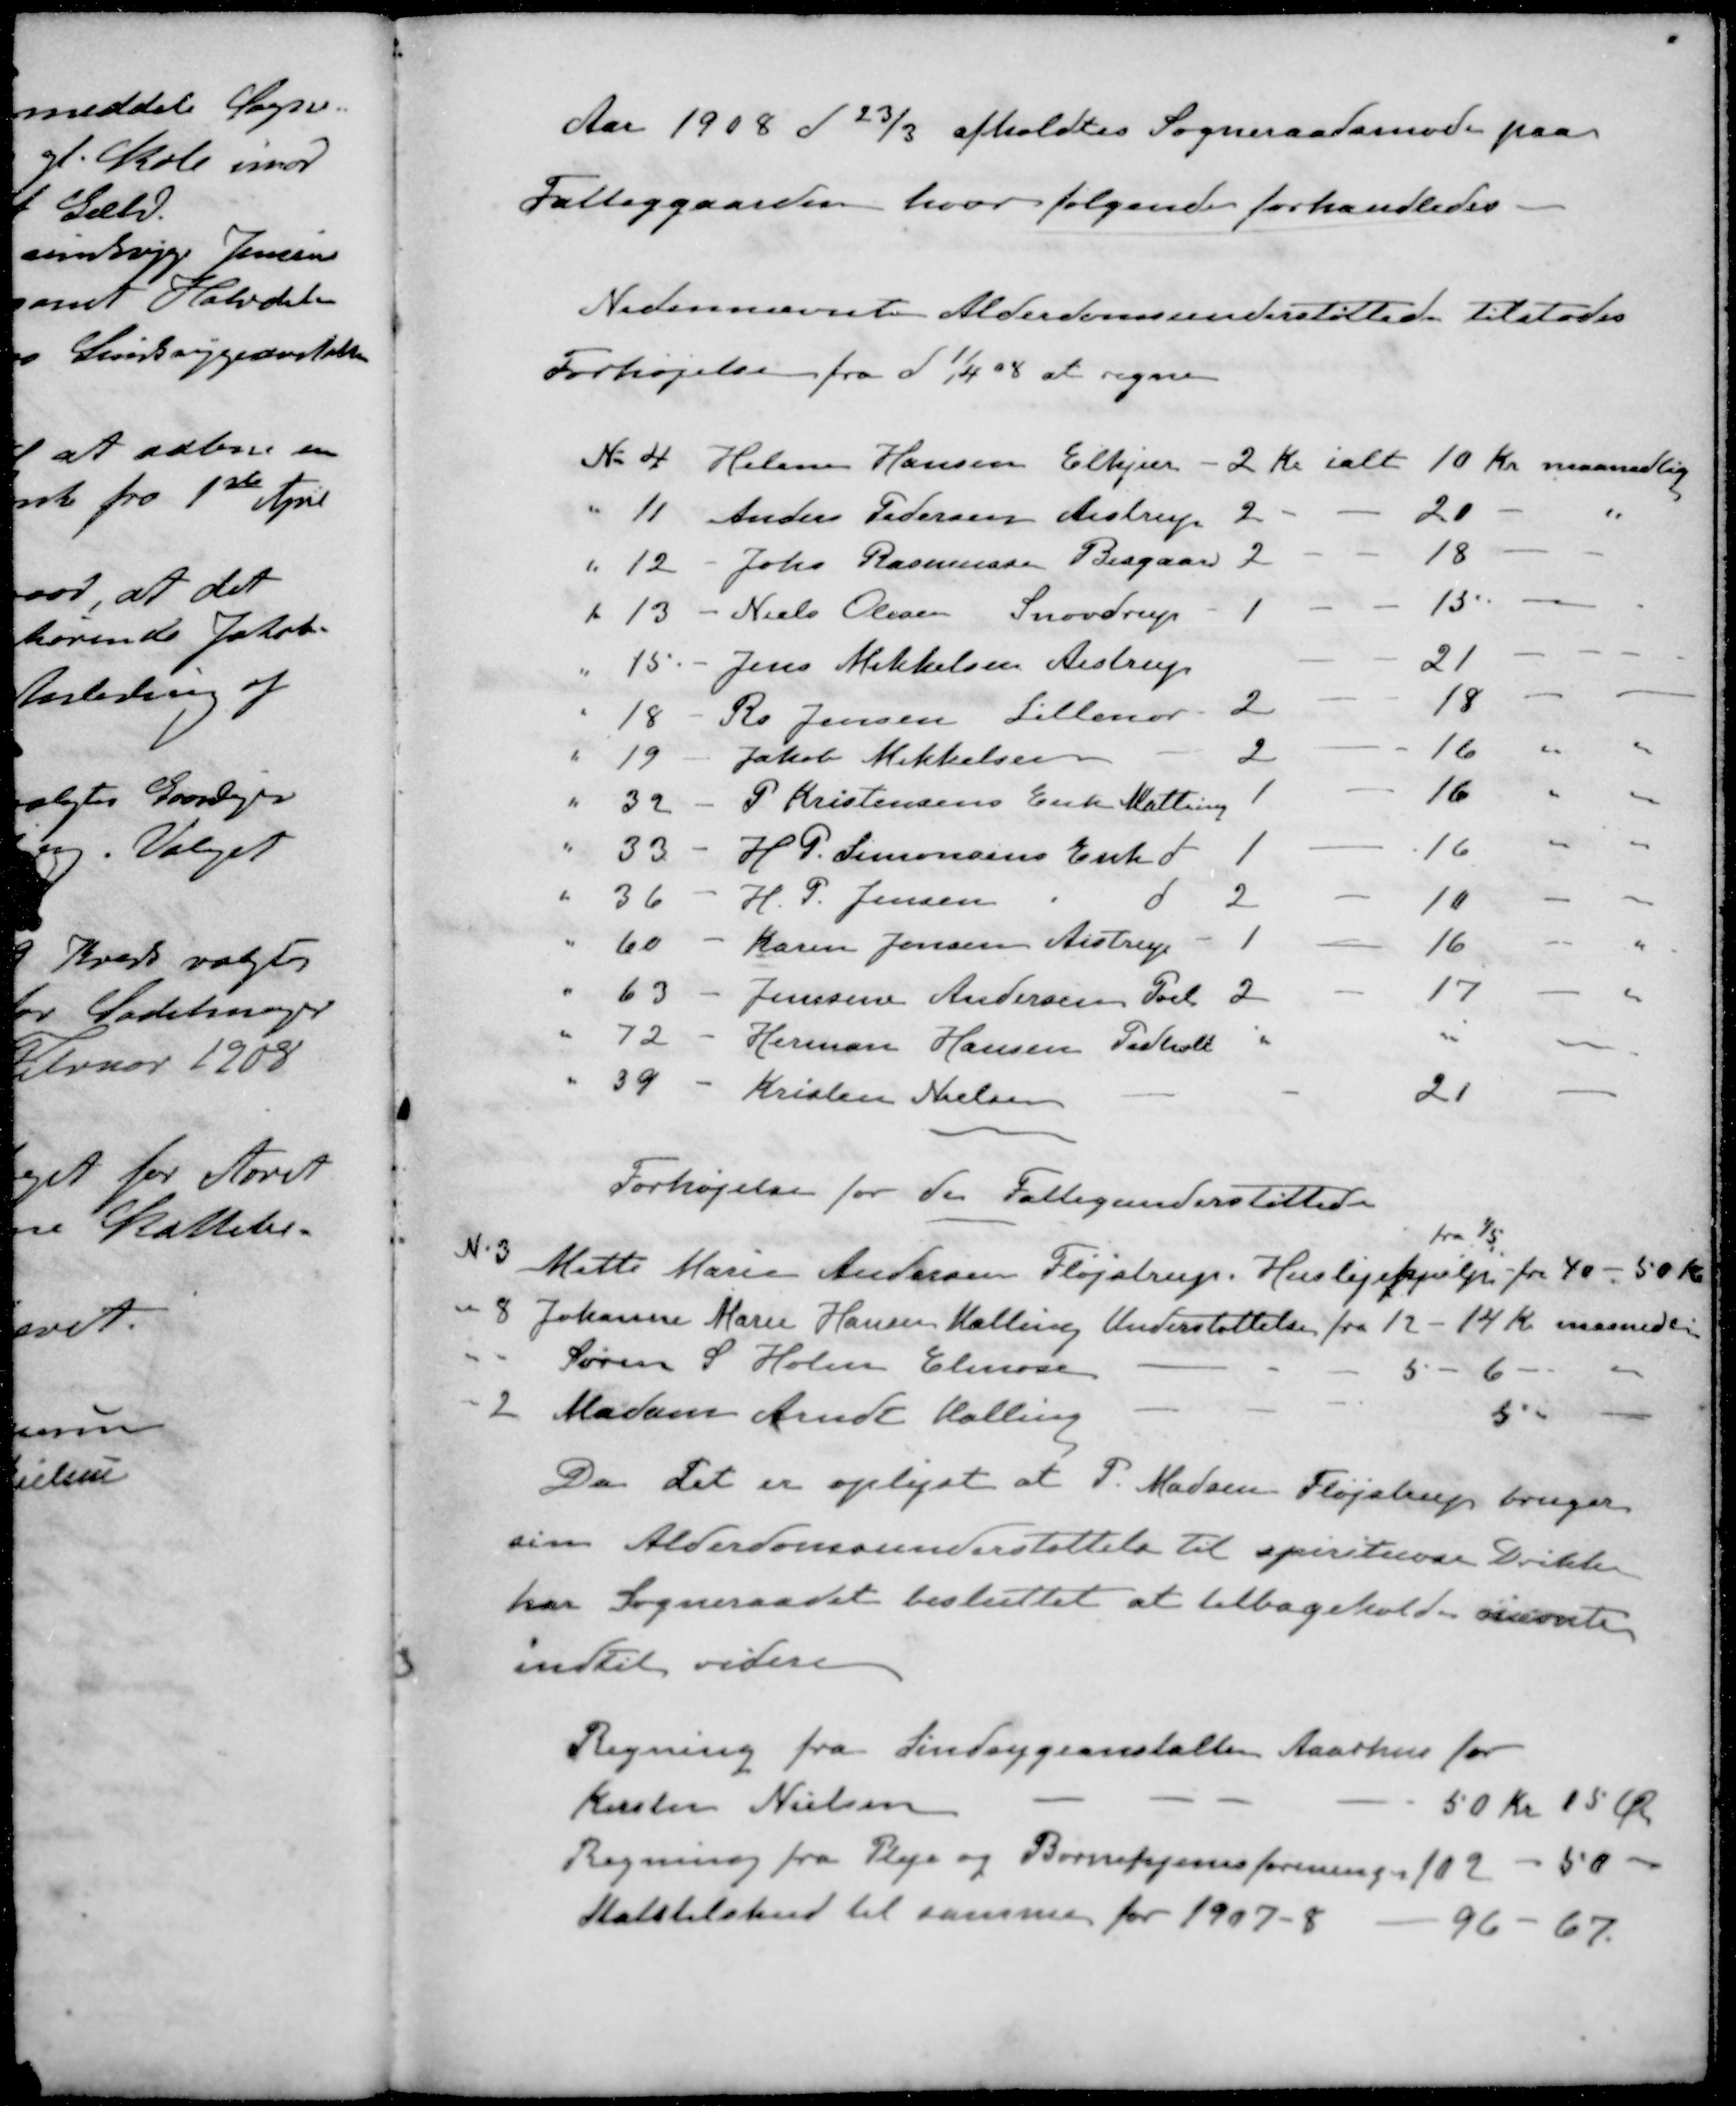
Transskription:
Aar 1908 d 23/3 afholdtes Sogneraadsmøde paa
Fattiggaarden hvor følgende forhandledes
Nedennævnte Alderdomsunderstøttede tilstodes
Forhøjelse fra d 1/4 08 at regne
No 4 Helene Hansen Elkjær 2 Kr ialt 10 Kr maanedlig
" 11 Anders Pedersen Aistrup 2 - - 20 - "
" 12 - Johs. Rasmussen Bisgaard 2 - - 18 - -
" 13 - Niels Olesen Snovdrup 1 - - 15 - -
" 15 - Jens Mikkelsen Aistrup 21 - -
" 18 - Rs Jensen Lillenor 2 - - 18 - -
" 19 - Jakob Mikkelsen - 2 - - 16 " "
" 32 - P Kristensens Enke Malling 1 - 16 " "
" 33 - H. P. Simonsens Enk d 1 - 16 " "
" 36 - H. P. Jensen d 2 - 10 - -
" 60 - Karen Jensen Aistrup 1 - 16 - "
" 63 - Jenssine Andersen Pøel 2 - 17 - "
" 72 - Herman Hansen Pedholdt " " -
" 39 - Kristen Nielsen - - 21 -
Forhøjelse for de Fattigunderstøttede
fra 1/5.
N. 3 Mette Marie Andersen Fløjstrup. Huslejehjælp fra 40 - 50 Kr.
" 8 Johanne Marie Hansen Malling Understøttelse fra 12 - 14 Kr. maanedlig
" " Søren S. Holm Elmose - - 5 - 6 - -
" 2 Madam Arndt Malling - - 5 " -
Da det er oplyst at P. Madsen Fløjstrup bruger
sin Alderdomsunderstøttelse til spirituøse Drikke
har Sogneraadet besluttet at tilbagehold - nævnte
indtil videre
Regning fra Sindsygeanstalten Aaarhus for
Kirsten Nielsen 50 Kr 15 Øre
Regning fra Pleje og Børnehjemsforeningen 102 - 50 -
Statstilskud til samme for 1907 - 8 96 - 67 -